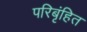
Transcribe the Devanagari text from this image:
परिबृंहित